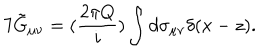
7 \tilde { G } _ { \mu \nu } = ( \frac { 2 \pi Q } { i } ) \int d \sigma _ { \mu \nu } \delta ( x - z ) .